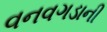
વનવગડાની